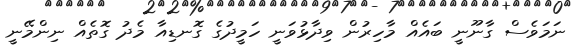
ނަމަވެސް ގާނޫނީ ބައެއް މާހިރުން ވިދާޅުވަނީ ހަމީދުގެ ގޮނޑިއާ މެދު ގޮތެއް ނިންމޭނީ